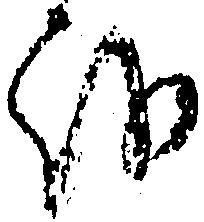
を